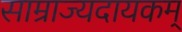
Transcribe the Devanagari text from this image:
साम्राज्यदायकम्